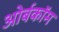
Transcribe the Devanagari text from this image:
ओर्बकॉम